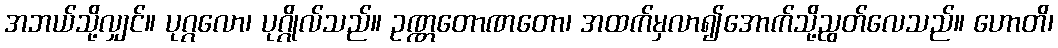
အဘယ်သို့လျှင်။ ပုဂ္ဂလော၊ ပုဂ္ဂိုလ်သည်။ ဥဏ္ဏတောဏတော၊ အထက်မှလာ၍အောက်သို့ညွတ်လေသည်။ ဟောတိ၊